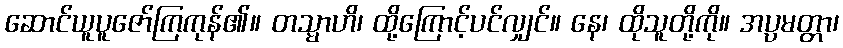
ဆောင်ယူပူဇော်ကြကုန်၏။ တသ္မာဟိ၊ ထို့ကြောင့်ပင်လျှင်။ နေ၊ ထိုသူတို့ကို။ အပ္ပမတ္တာ၊